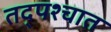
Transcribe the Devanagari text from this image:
तद्पश्चात